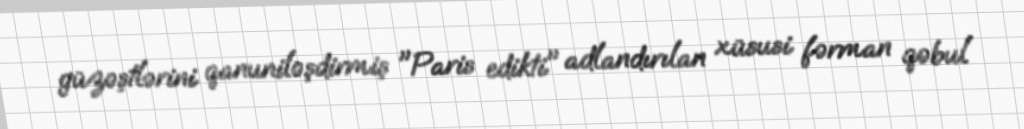
güzəştlərini qanuniləşdirmiş "Paris edikti" adlandırılan xüsusi fərman qəbul